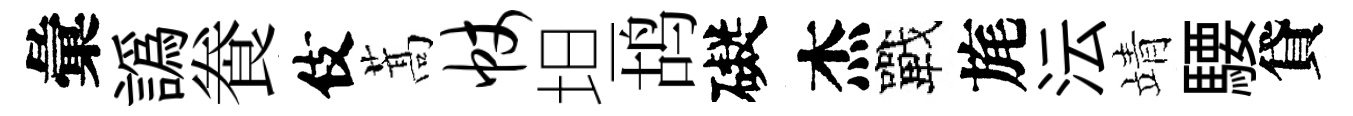
彙譌飬伎蒿帐坦鸪礙杰戰旄沄靖騕貸